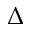
\Delta